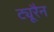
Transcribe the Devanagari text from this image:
ट्यूरैन